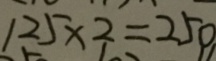
1 2 5 \times 2 = 2 5 0